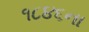
૧૮૪૬ના